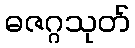
ဓဇဂ္ဂသုတ်